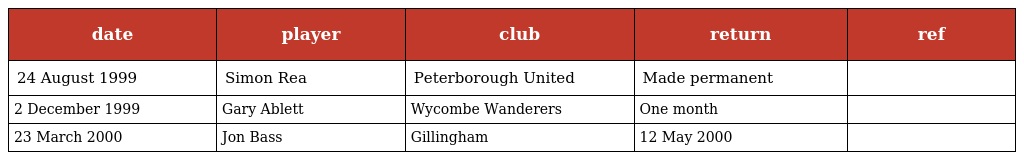
| date | player | club | return | ref |
 | --- | --- | --- | --- | --- |
 | 24 August 1999 | Simon Rea | Peterborough United | Made permanent |  |
 | 2 December 1999 | Gary Ablett | Wycombe Wanderers | One month |  |
 | 23 March 2000 | Jon Bass | Gillingham | 12 May 2000 |  |